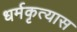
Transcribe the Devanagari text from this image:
धर्मकृत्यास